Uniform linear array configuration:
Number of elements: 64
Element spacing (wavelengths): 0.5
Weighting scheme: binomial
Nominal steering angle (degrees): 60
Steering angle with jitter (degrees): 61.14
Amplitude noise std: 0.05
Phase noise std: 0.05

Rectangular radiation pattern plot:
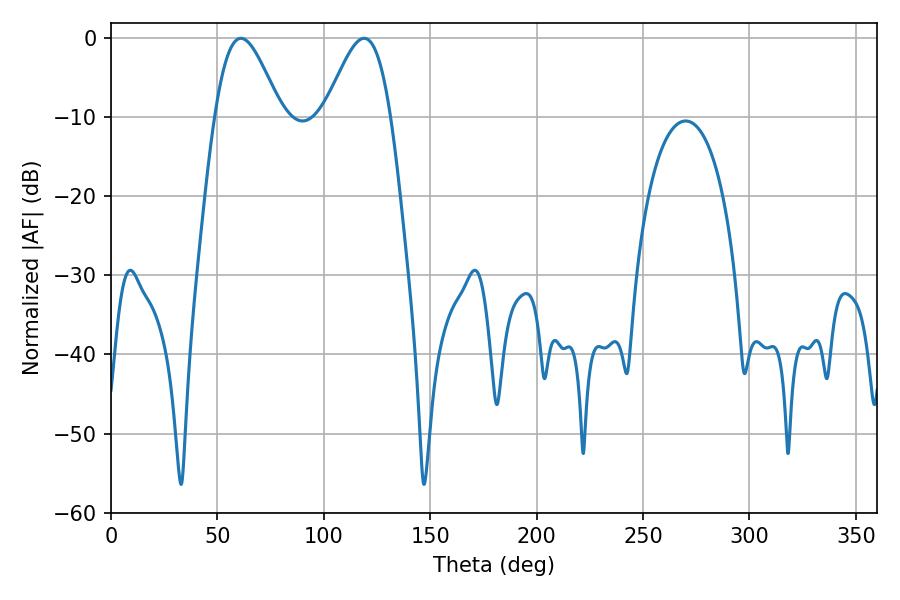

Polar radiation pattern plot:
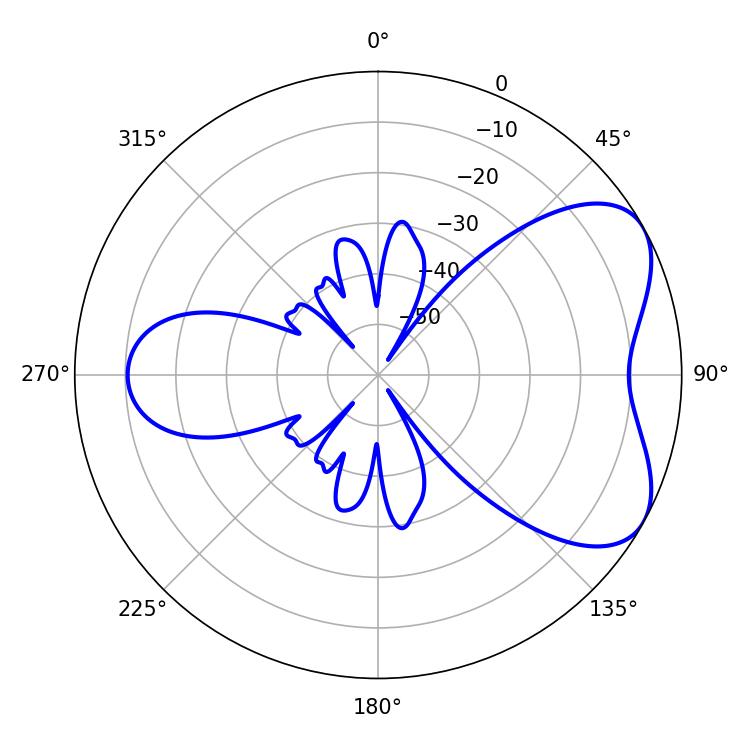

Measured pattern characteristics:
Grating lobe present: FALSE
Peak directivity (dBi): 5.582
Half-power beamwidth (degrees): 16.38
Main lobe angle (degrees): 61.02